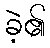
ခဲ့၏